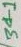
Text: 301